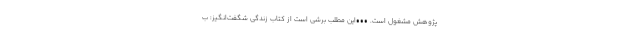
پژوهش مشغول است. •••این مطلب برشی است از کتاب زندگی شگفت‌انگیز: ب